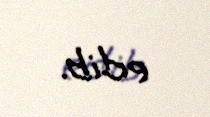
edib.